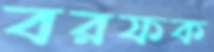
বরফক